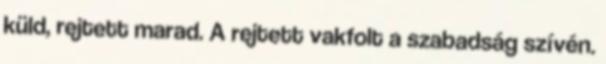
küld, rejtett marad. A rejtett vakfolt a szabadság szívén.